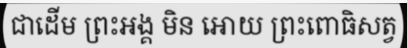
ជាដើម ព្រះអង្គ មិន អោយ ព្រះពោធិសត្វ